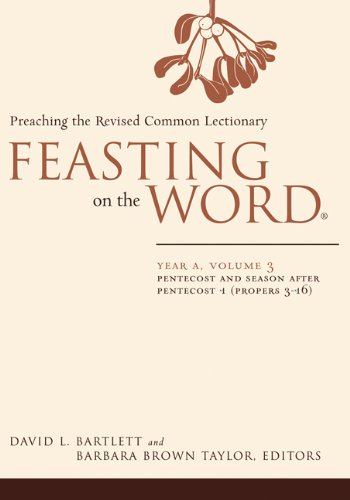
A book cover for Feasting on the Word: Year A: Pentecost and Season After Pentecost 1 (Propers 3-16) (Feasting on the Word); Christian Books & Bibles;